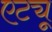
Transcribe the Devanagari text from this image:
एट्यू